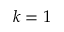
k = 1